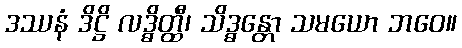
ဒဿနံ ဒိဋ္ဌိ လဒ္ဓိတ္ထီ၊ သိဒ္ဓန္တော သမယော ဘဝေ။